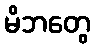
မိဘတွေ